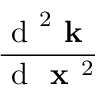
\frac { \mathrm { ~ d ~ } ^ { 2 } \textbf { k } } { \mathrm { ~ d ~ } \textbf { x } ^ { 2 } }